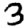
Digit: 3